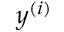
\boldsymbol y ^ { ( i ) }